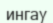
ингау